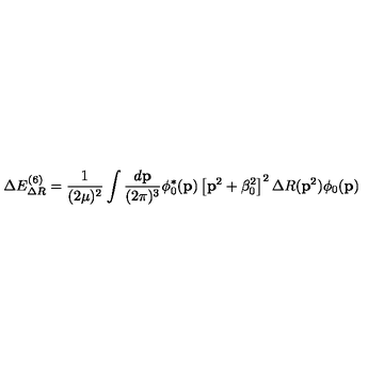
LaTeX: \Delta E _ { \Delta R } ^ { ( 6 ) } = \frac 1 { ( 2 \mu ) ^ { 2 } } \int \frac { d { \bf p } } { ( 2 \pi ) ^ { 3 } } \phi _ { 0 } ^ { * } ( { \bf p } ) \left[ { \bf p } ^ { 2 } + \beta _ { 0 } ^ { 2 } \right] ^ { 2 } \Delta R ( { \bf p } ^ { 2 } ) \phi _ { 0 } ( { \bf p } )